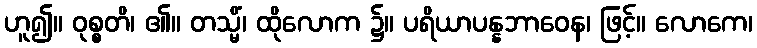
ဟူ၍။ ဝုစ္စတိ၊ ၏။ တသ္မိံ၊ ထိုလောက ၌။ ပရိယာပန္နဘာဝေန၊ ဖြင့်။ လောကေ၊